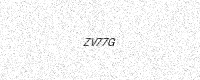
Text: ZV77G